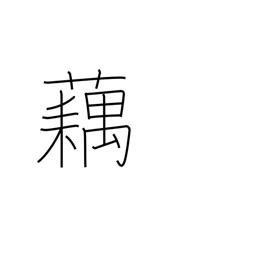
Meaning: lotus root